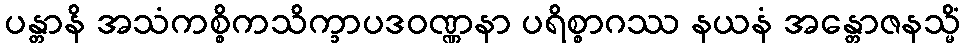
ပန္တာနိ အသံကစ္စိကသိက္ခာပဒဝဏ္ဏနာ ပရိစ္စာဂဿ နယနံ အန္တောဇနသ္မိံ